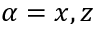
\alpha = x , z